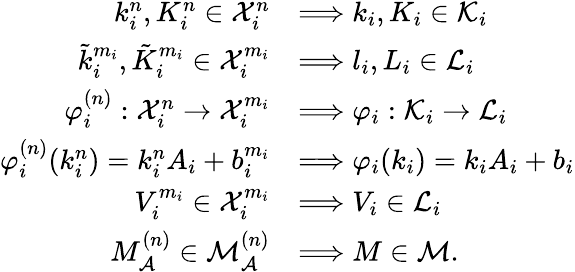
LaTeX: \begin{array}{rl}{k_{i}^{n},K_{i}^{n}\in{\cal X}_{i}^{n}}&{\Longrightarrow k_{i},K_{i}\in{\cal K}_{i}}\\ {\tilde{k}_{i}^{m_{i}},\tilde{K}_{i}^{m_{i}}\in{\cal X}_{i}^{m_{i}}}&{\Longrightarrow l_{i},L_{i}\in{\cal L}_{i}}\\ {\varphi_{i}^{(n)}:{\cal X}_{i}^{n}\to{\cal X}_{i}^{m_{i}}}&{\Longrightarrow\varphi_{i}:{\cal K}_{i}\to{\cal L}_{i}}\\ {\varphi_{i}^{(n)}(k_{i}^{n})=k_{i}^{n}A_{i}+b_{i}^{m_{i}}}&{\Longrightarrow\varphi_{i}(k_{i})=k_{i}A_{i}+b_{i}}\\ {V_{i}^{m_{i}}\in{\cal X}_{i}^{m_{i}}}&{\Longrightarrow V_{i}\in{\cal L}_{i}}\\ {M_{{\cal A}}^{(n)}\in{\cal M}_{{\cal A}}^{(n)}}&{\Longrightarrow M\in{\cal M}.}\end{array}